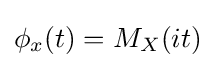
\phi _{x}(t)=M_{X}(it)